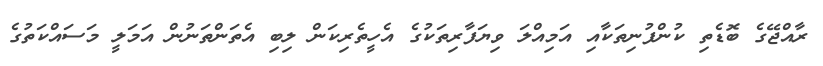
ރާއްޖޭގެ ބޮޑެތި ކުންފުނިތަކާއި އަމިއްލަ ވިޔަފާރިތަކުގެ އެހީތެރިކަން ލިބި އެތަންތަނުން އަމަލީ މަސައްކަތުގެ